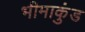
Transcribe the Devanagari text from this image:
भीमाकुंड